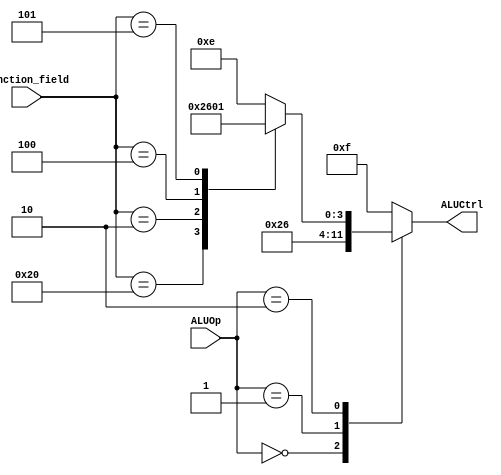
`timescale 1ns / 1ps
//////////////////////////////////////////////////////////////////////////////////
// Company: 
// 
// Design Name: 
// Module Name:    ALU_Control 

//////////////////////////////////////////////////////////////////////////////////
module ALU_Control(
    input [1:0] ALUOp,
    input [5:0] function_field,
    output reg [3:0] ALUCtrl
    );
	 
	 always @ (ALUOp or function_field) begin
	 
	 case(ALUOp)
		2'b00: ALUCtrl <= 4'b0010; //addi
		2'b01: ALUCtrl <= 4'b0110; //subtract
		2'b10:
		begin
			case(function_field) //R-Type
				6'b100000: ALUCtrl <= 4'b0010; //add // changed from 0000000 5/6/14 6:32
				6'b000010: ALUCtrl <= 4'b0110; //subtract
				6'b000100: ALUCtrl <= 4'b0000; //AND
				6'b000101: ALUCtrl <= 4'b0001; //OR
				default: ALUCtrl <= 4'b1110; //error checking
			endcase
		end
		default: ALUCtrl <= 4'b1111; //error checking
		
	endcase
	
	end

endmodule